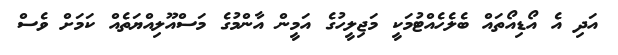
އަދި އެ އޯޑިއޯތައް ބެލެހެއްޓުމަކީ މަޖިލީހުގެ އަމީން އާންމުގެ މަސްއޫލިއްޔަތެއް ކަމަށް ވެސް